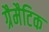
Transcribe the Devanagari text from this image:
ग्रैमैटिक